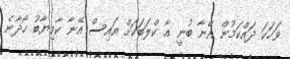
ވަހަކަ ދައްކަމުން އޭނާ ބުނީ އާ ކްލަބަކަށް އައިސް އޭނާ ކާމިޔާބު ހޯދާނެ